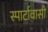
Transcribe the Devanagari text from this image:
स्पार्टावासी